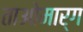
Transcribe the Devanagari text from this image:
ताओमार्ग